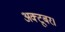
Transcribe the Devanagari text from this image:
अक्टूबर।